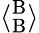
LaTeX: \langle_{\textrm{B}}^{\textrm{B}}\rangle